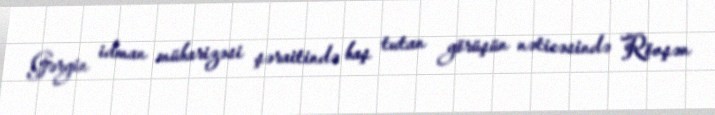
Gərgin idman mübarizəsi şəraitində baş tutan görüşün nəticəsində Rövşən